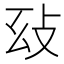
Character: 𢻽